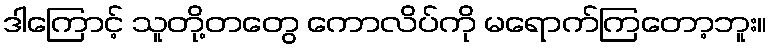
ဒါကြောင့် သူတို့တတွေ ကောလိပ်ကို မရောက်ကြတော့ဘူး။